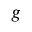
g